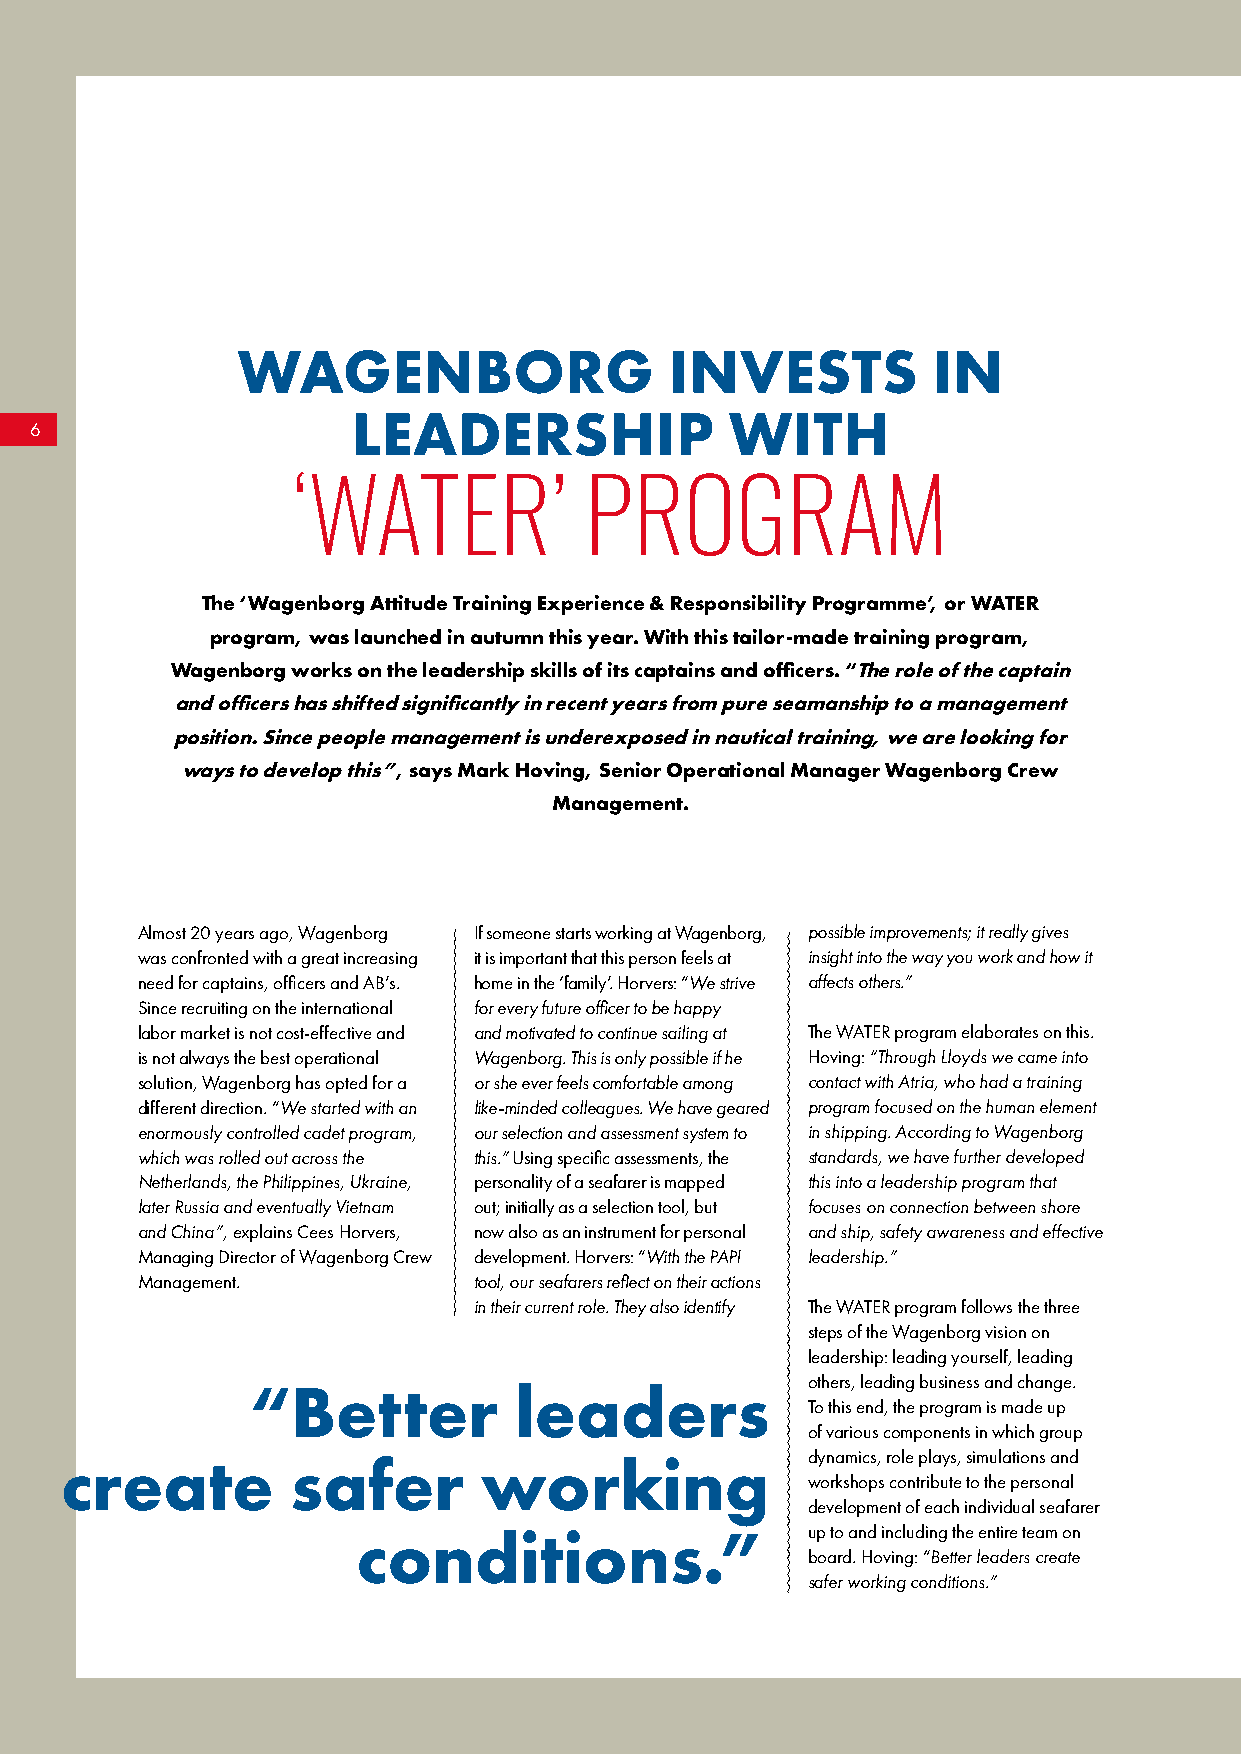
WAGENBORG                   INVESTS           IN
 LEADERSHIP               WITH
 6
 ‘WATER’             PROGRAM
 The ‘Wagenborg Attitude Training Experience & Responsibility Programme’, or WATER
 program, was launched in autumn this year. With this tailor-made training program,
 Wagenborg works on the leadership skills of its captains and officers. “The role of the captain
 and officers has shifted significantly in recent years from pure seamanship to a management
 position. Since people management is underexposed in nautical training, we are looking for
 ways to develop this”, says Mark Hoving, Senior Operational Manager Wagenborg Crew
 Management.
 Almost 20 years ago, Wagenborg If someone starts working at Wagenborg, possible improvements; it really gives
 was confronted with a great increasing it is important that this person feels at insight into the way you work and how it
 need for captains, officers and AB’s. home in the ‘family’. Horvers: “We strive affects others.”
 Since recruiting on the international for every future officer to be happy
 labor market is not cost-effective and and motivated to continue sailing at The WATER program elaborates on this.
 is not always the best operational Wagenborg. This is only possible if he Hoving: “Through Lloyds we came into
 solution, Wagenborg has opted for a or she ever feels comfortable among contact with Atria, who had a training
 different direction. “We started with an like-minded colleagues. We have geared program focused on the human element
 enormously controlled cadet program, our selection and assessment system to in shipping. According to Wagenborg
 which was rolled out across the this.” Using specific assessments, the standards, we have further developed
 Netherlands, the Philippines, Ukraine, personality of a seafarer is mapped this into a leadership program that
 later Russia and eventually Vietnam out; initially as a selection tool, but focuses on connection between shore
 and China”, explains Cees Horvers, now also as an instrument for personal and ship, safety awareness and effective
 Managing Director of Wagenborg Crew development. Horvers: “With the PAPI leadership.”
 Management.           tool, our seafarers reflect on their actions
 in their current role. They also identify The WATER program follows the three
 steps of the Wagenborg vision on
 leadership: leading yourself, leading
 others, leading business and change.
 “Better           leaders
 To this end, the program is made up
 of various components in which group
 dynamics, role plays, simulations and
 create         safer        working
 workshops contribute to the personal
 development of each individual seafarer
 conditions.”                 up to and including the entire team on
 board. Hoving: “Better leaders create
 safer working conditions.”